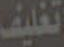
تغليف